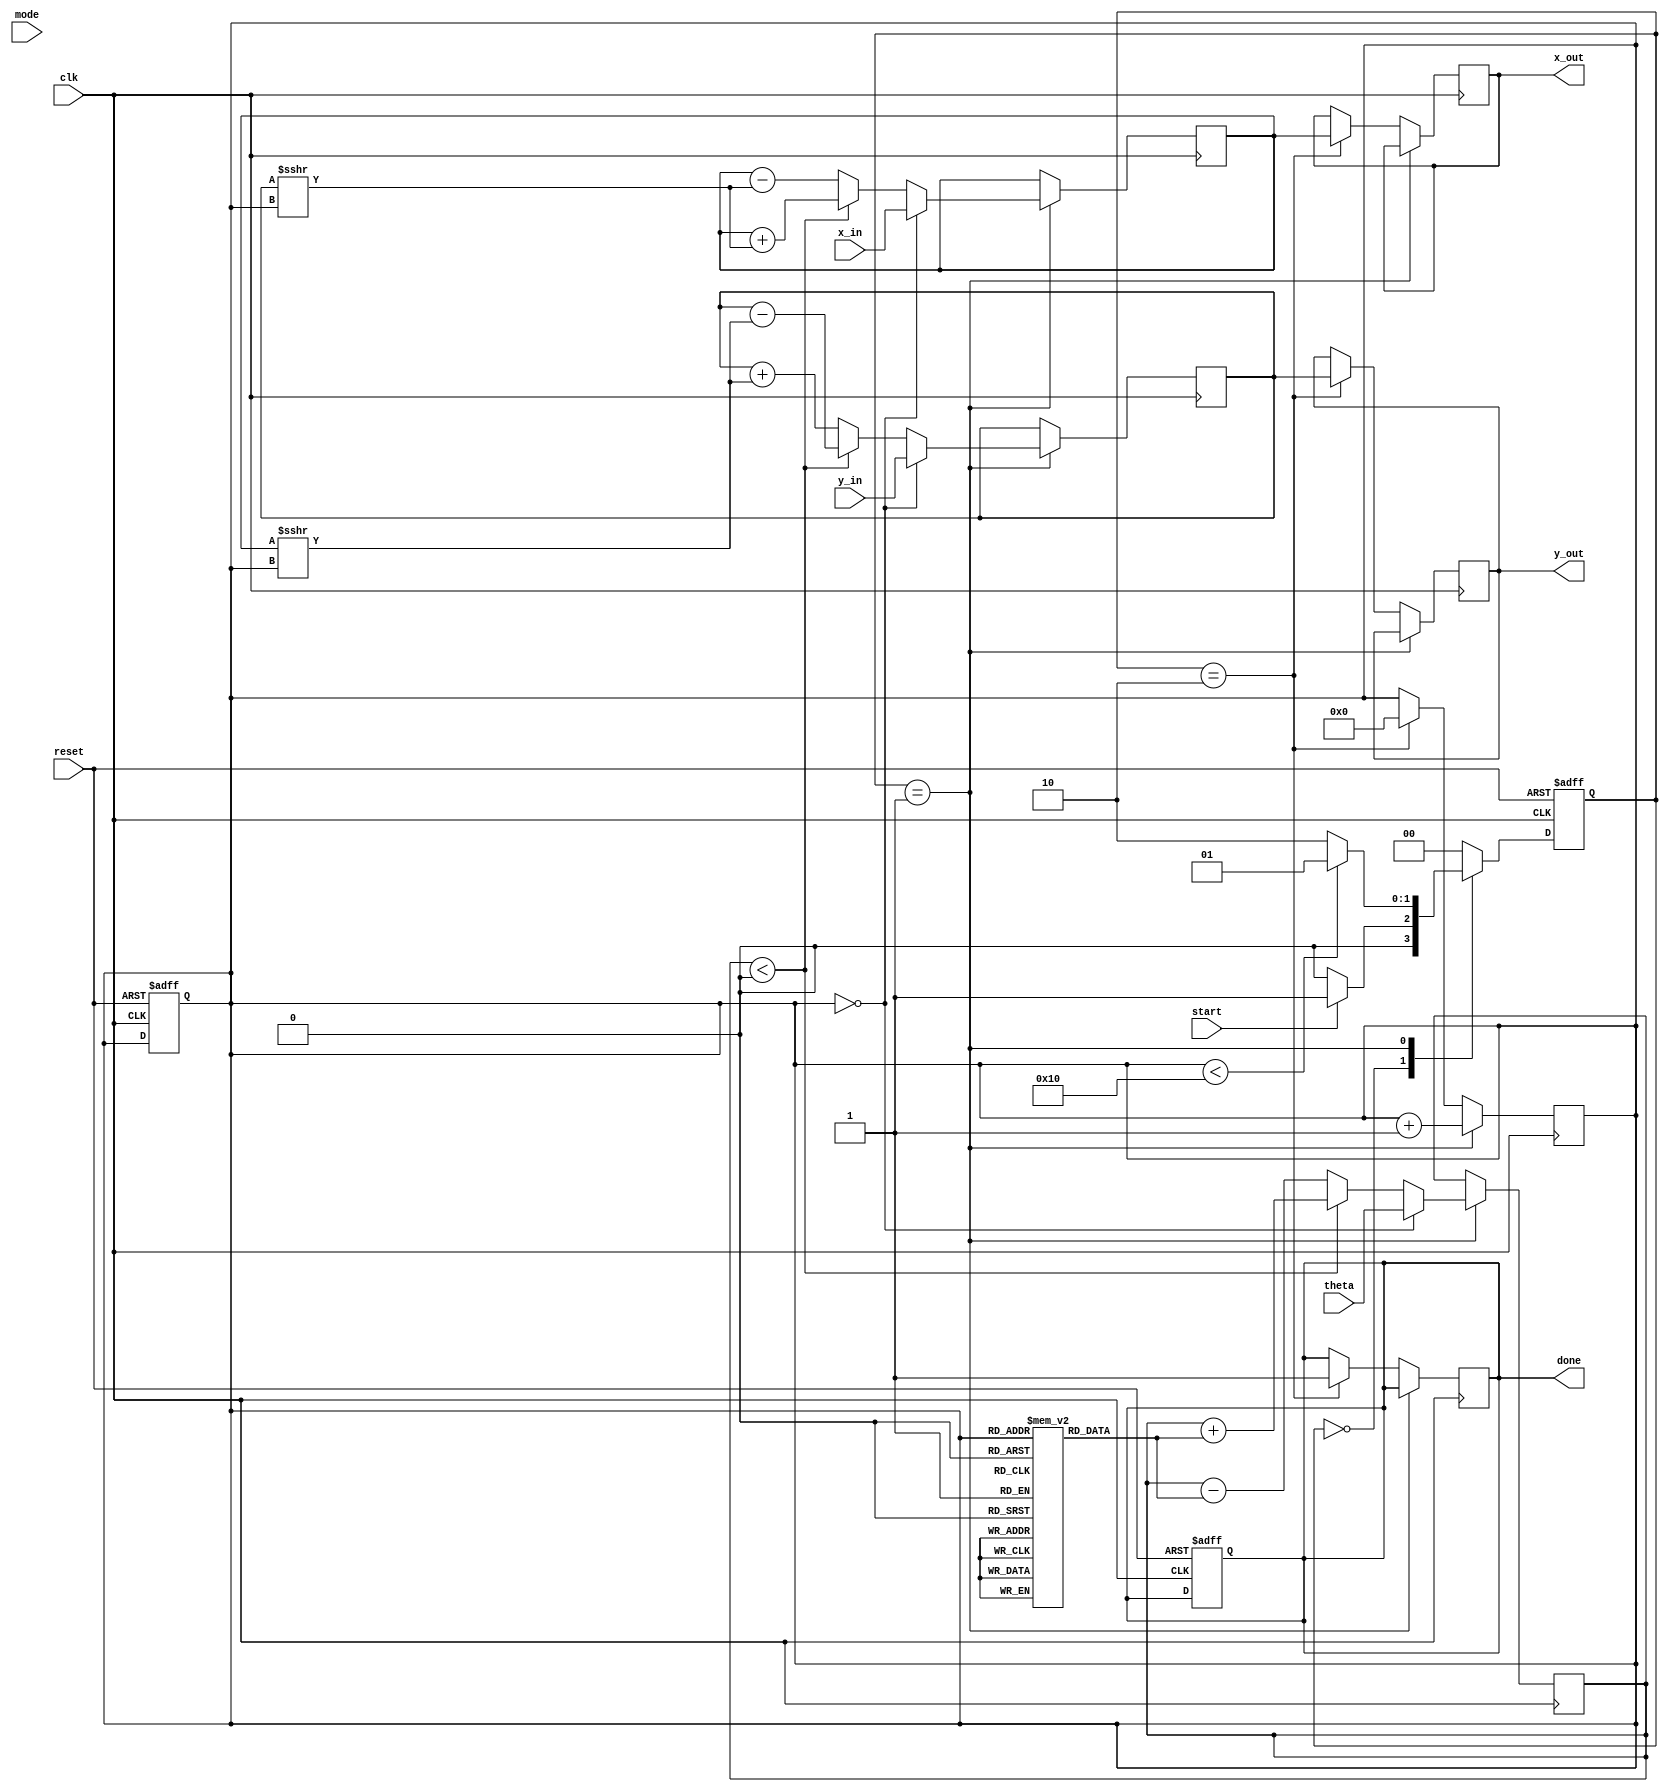
module cordic (
    input wire clk,
    input wire reset,
    input wire start,
    input wire [15:0] theta,       // Angle input (fixed-point representation)
    input wire [15:0] x_in,        // X input vector
    input wire [15:0] y_in,        // Y input vector
    input wire mode,               // 0: Rotation, 1: Vectoring
    output reg [15:0] x_out,       // X output vector
    output reg [15:0] y_out,       // Y output vector
    output reg done                // Status signal
);

    // CORDIC parameters
    parameter NUM_ITERATIONS = 16;
    reg [15:0] angle_table [0:NUM_ITERATIONS-1]; // Precomputed angles
    reg [15:0] x, y, z;
    reg [3:0] iteration;
    reg [1:0] state; // FSM state
    reg [1:0] next_state;

    // Initialize angle table (in radians)
    initial begin
        angle_table[0] = 16'h0000; // 0
        angle_table[1] = 16'h2000; // atan(1) = 45 degrees
        angle_table[2] = 16'h1000; // atan(0.5) = 26.565 degrees
        angle_table[3] = 16'h0800; // atan(0.25) = 14.036 degrees
        // Add more angles as needed...
    end

    // FSM states
    localparam IDLE = 2'b00,
               RUN = 2'b01,
               DONE = 2'b10;

    // State transition logic
    always @(posedge clk or posedge reset) begin
        if (reset) begin
            state <= IDLE;
            iteration <= 0;
            done <= 0;
        end else begin
            state <= next_state;
        end
    end

    // Next state logic
    always @(*) begin
        case (state)
            IDLE: begin
                if (start) begin
                    next_state = RUN;
                end else begin
                    next_state = IDLE;
                end
            end
            RUN: begin
                if (iteration < NUM_ITERATIONS) begin
                    next_state = RUN;
                end else begin
                    next_state = DONE;
                end
            end
            DONE: begin
                next_state = IDLE;
            end
            default: next_state = IDLE;
        endcase
    end

    // CORDIC computation
    always @(posedge clk) begin
        if (state == RUN) begin
            if (iteration == 0) begin
                x <= x_in;
                y <= y_in;
                z <= theta;
            end else begin
                // Perform CORDIC rotation
                if (z < 0) begin
                    x <= x + (y >>> iteration);
                    y <= y - (x >>> iteration);
                    z <= z + angle_table[iteration];
                end else begin
                    x <= x - (y >>> iteration);
                    y <= y + (x >>> iteration);
                    z <= z - angle_table[iteration];
                end
            end
            iteration <= iteration + 1;
        end else if (state == DONE) begin
            x_out <= x;
            y_out <= y;
            done <= 1;
            iteration <= 0; // Reset iteration for next operation
        end
    end

endmodule